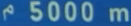
5000m